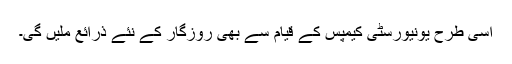
اسی طرح یونیورسٹی کیمپس کے قیام سے بھی روزگار کے نئے ذرائع ملیں گی۔